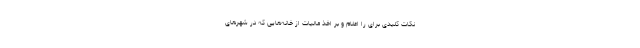
نکات کلیدی برای را اعلام و بر اخذ مالیات از خانه‌هایی که در شهرهای